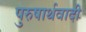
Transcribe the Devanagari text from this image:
पुरुषार्थवादी